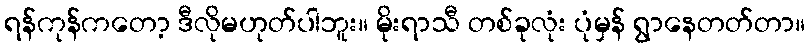
ရန်ကုန်ကတော့ ဒီလိုမဟုတ်ပါဘူး။ မိုးရာသီ တစ်ခုလုံး ပုံမှန် ရွာနေတတ်တာ။